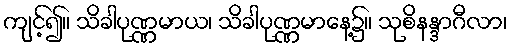
ကျင့်၍။ သိခါပုဏ္ဏမာယ၊ သိခါပုဏ္ဏမာနေ့၌။ သုစိနန္ဒာဂီလာ၊